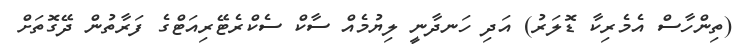
(ތިންހާސް އެމެރިކާ ޑޮލަރު) އަދި ހަނދާނީ ލިޔުމެއް ސާކް ސެކްރެޓޭރިއަޓްގެ ފަރާތުން ދޭގޮތަށް